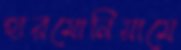
হারমোনিয়ামে